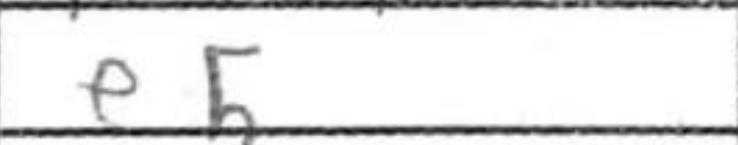
Transcription: e5